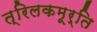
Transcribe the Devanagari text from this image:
त्रिलकमूर्ति